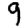
Digit: 9